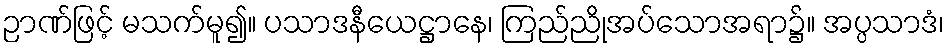
ဉာဏ်ဖြင့် မသက်မူ၍။ ပသာဒနီယေဋ္ဌာနေ၊ ကြည်ညိုအပ်သောအရာ၌။ အပ္ပသာဒံ၊